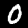
Label: 0